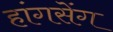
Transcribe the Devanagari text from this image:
हांगसेंग